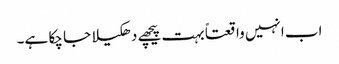
اب انہیں واقعتاً بہت پیچھے دھکیلا جا چکا ہے۔